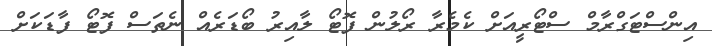
އިންސްޓަގްރާމް ސްޓޯރީއަށް ކެމެރާ ރޯލުން ފޮޓޯ ލާއިރު ބޯޑަރެއް ނެތަސް ފޮޓޯ ފާޑަކަށް